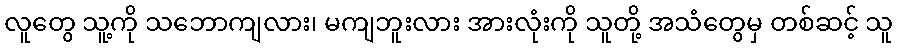
လူတွေ သူ့ကို သဘောကျလား၊ မကျဘူးလား အားလုံးကို သူတို့ အသံတွေမှ တစ်ဆင့် သူ